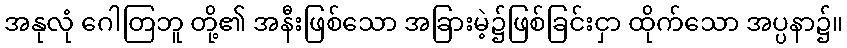
အနုလုံ ဂေါတြဘူ တို့၏ အနီးဖြစ်သော အခြားမဲ့၌ဖြစ်ခြင်းငှာ ထိုက်သော အပ္ပနာ၌။